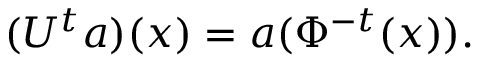
( U ^ { t } a ) ( x ) = a ( \Phi ^ { - t } ( x ) ) .